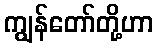
ကျွန်တော်တို့ဟာ